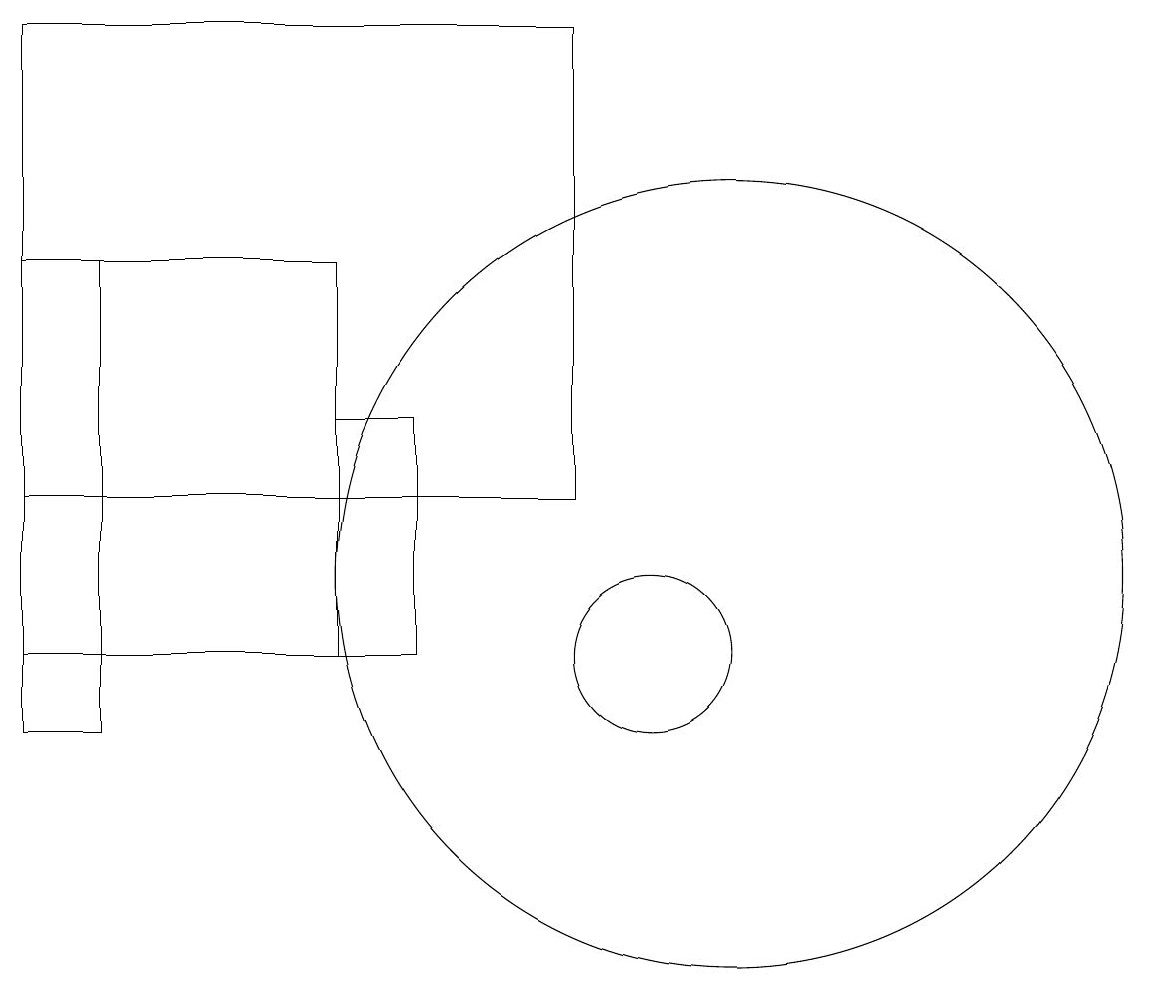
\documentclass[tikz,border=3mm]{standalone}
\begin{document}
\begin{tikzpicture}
\draw (6,14) rectangle (7,11);
\draw (6,16) rectangle (2,11);
\draw (11,12) circle (5);
\draw (10,11) circle (1);
\draw (9,19) rectangle (2,13);
\draw (2,10) rectangle (3,16);
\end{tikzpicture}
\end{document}